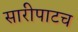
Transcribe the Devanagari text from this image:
सारीपाटच